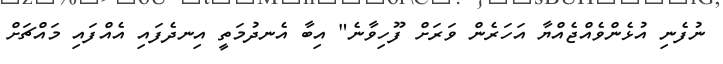
ނުފެނި އުޅެންވެއްޖެއްޔާ އަހަރެން ވަރަށް ފޫހިވާނެ" އިބާ އެނދުމަތީ އިނދެފައި އެއްފައި މައްޗަށް